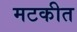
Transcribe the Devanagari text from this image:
मटकीत